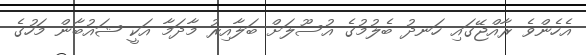
އެހެންވެ ރާއްޖޭގައި ހަނދު ބެލުމުގެ އުސޫލަށް ބަލާއިރު މާދަމާ އަކީ ޝައުބާން މަހުގެ